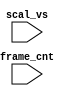
`timescale 1ns/1ps

module pocket_dump(
    input        scal_vs,
    input [31:0] frame_cnt
);

`ifdef DUMP
    `ifdef DUMP_START
    always @(posedge scal_vs) if( frame_cnt==`DUMP_START ) begin
    `else
    initial begin
    `endif
        $dumpfile("test.lxt");
        `ifdef DEEPDUMP
            $display("NC Verilog: will dump all signals");
            $dumpvars(0,test);
        `else
            $display("NC Verilog: will dump selected signals");
            $dumpvars(frame_cnt);
            $dumpvars(1,UUT.u_game);

            `ifndef NOMAIN
                $dumpvars(1,UUT.u_game.u_main);
            `endif
            $dumpvars(1,UUT.u_game.u_sdram);
            //$dumpvars(1,UUT.u_game.u_sdram.u_dwnld);
            //$dumpvars(1,UUT.u_game.u_video);
            `ifndef NOSOUND
                $dumpvars(1,UUT.u_game.u_sound);
            `endif
        `endif
    end
`endif

endmodule // pocket_dump